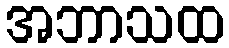
အဘာသထ